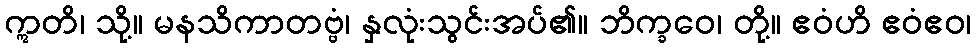
ဣတိ၊ သို့။ မနသိကာတဗ္ဗံ၊ နှလုံးသွင်းအပ်၏။ ဘိက္ခဝေ၊ တို့။ ဧဝံဟိ ဧဝံဧဝ၊